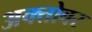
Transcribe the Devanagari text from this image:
अक्तोबर